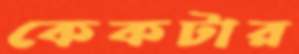
কেকটার